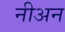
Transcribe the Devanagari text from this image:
नीअन